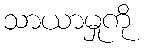
သာယာမှုကို